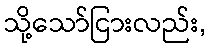
သို့သော်ငြားလည်း,